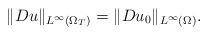
LaTeX: \begin{align*}\|Du\|_{L^\infty(\Omega_T)}=\|Du_0\|_{L^\infty(\Omega)}.\end{align*}